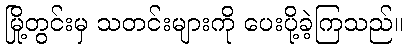
မြို့တွင်းမှ သတင်းများကို ပေးပို့ခဲ့ကြသည်။